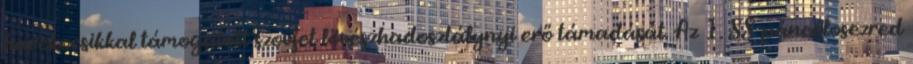
harckocsikkal támogatott szovjet lövészhadosztálynyi erő támadását. Az 1. SS-páncélosezred